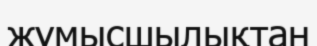
жұмысшылықтан